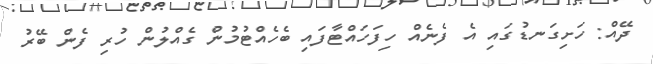
ދޭއް: ހަށިގަނޑުގައި އެ ފެނެއް ހިފަހައްޓާފައި ބެހެއްޓުމުން ގެއްލުން ހުރި ފެން ބޭރު